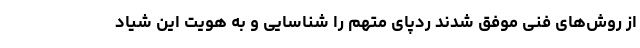
از روش‌های فنی موفق شدند ردپای متهم را شناسایی و به هویت این شیاد